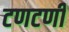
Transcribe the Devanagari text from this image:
टणटणी